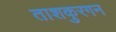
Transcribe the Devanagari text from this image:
ताशकुरगन